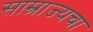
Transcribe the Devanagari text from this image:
साम्राज्यचा